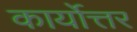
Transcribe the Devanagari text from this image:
कार्योत्तर